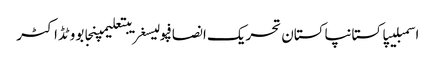
اسمبلیپاکستانپاکستان تحریک انصافپولیسغریبتعلیمپنجابووٹڈاکٹر